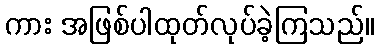
ကား အဖြစ်ပါထုတ်လုပ်ခဲ့ကြသည်။